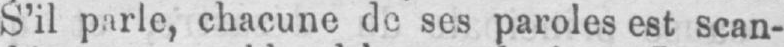
S’il parle, chacune de ses paroles est scan-